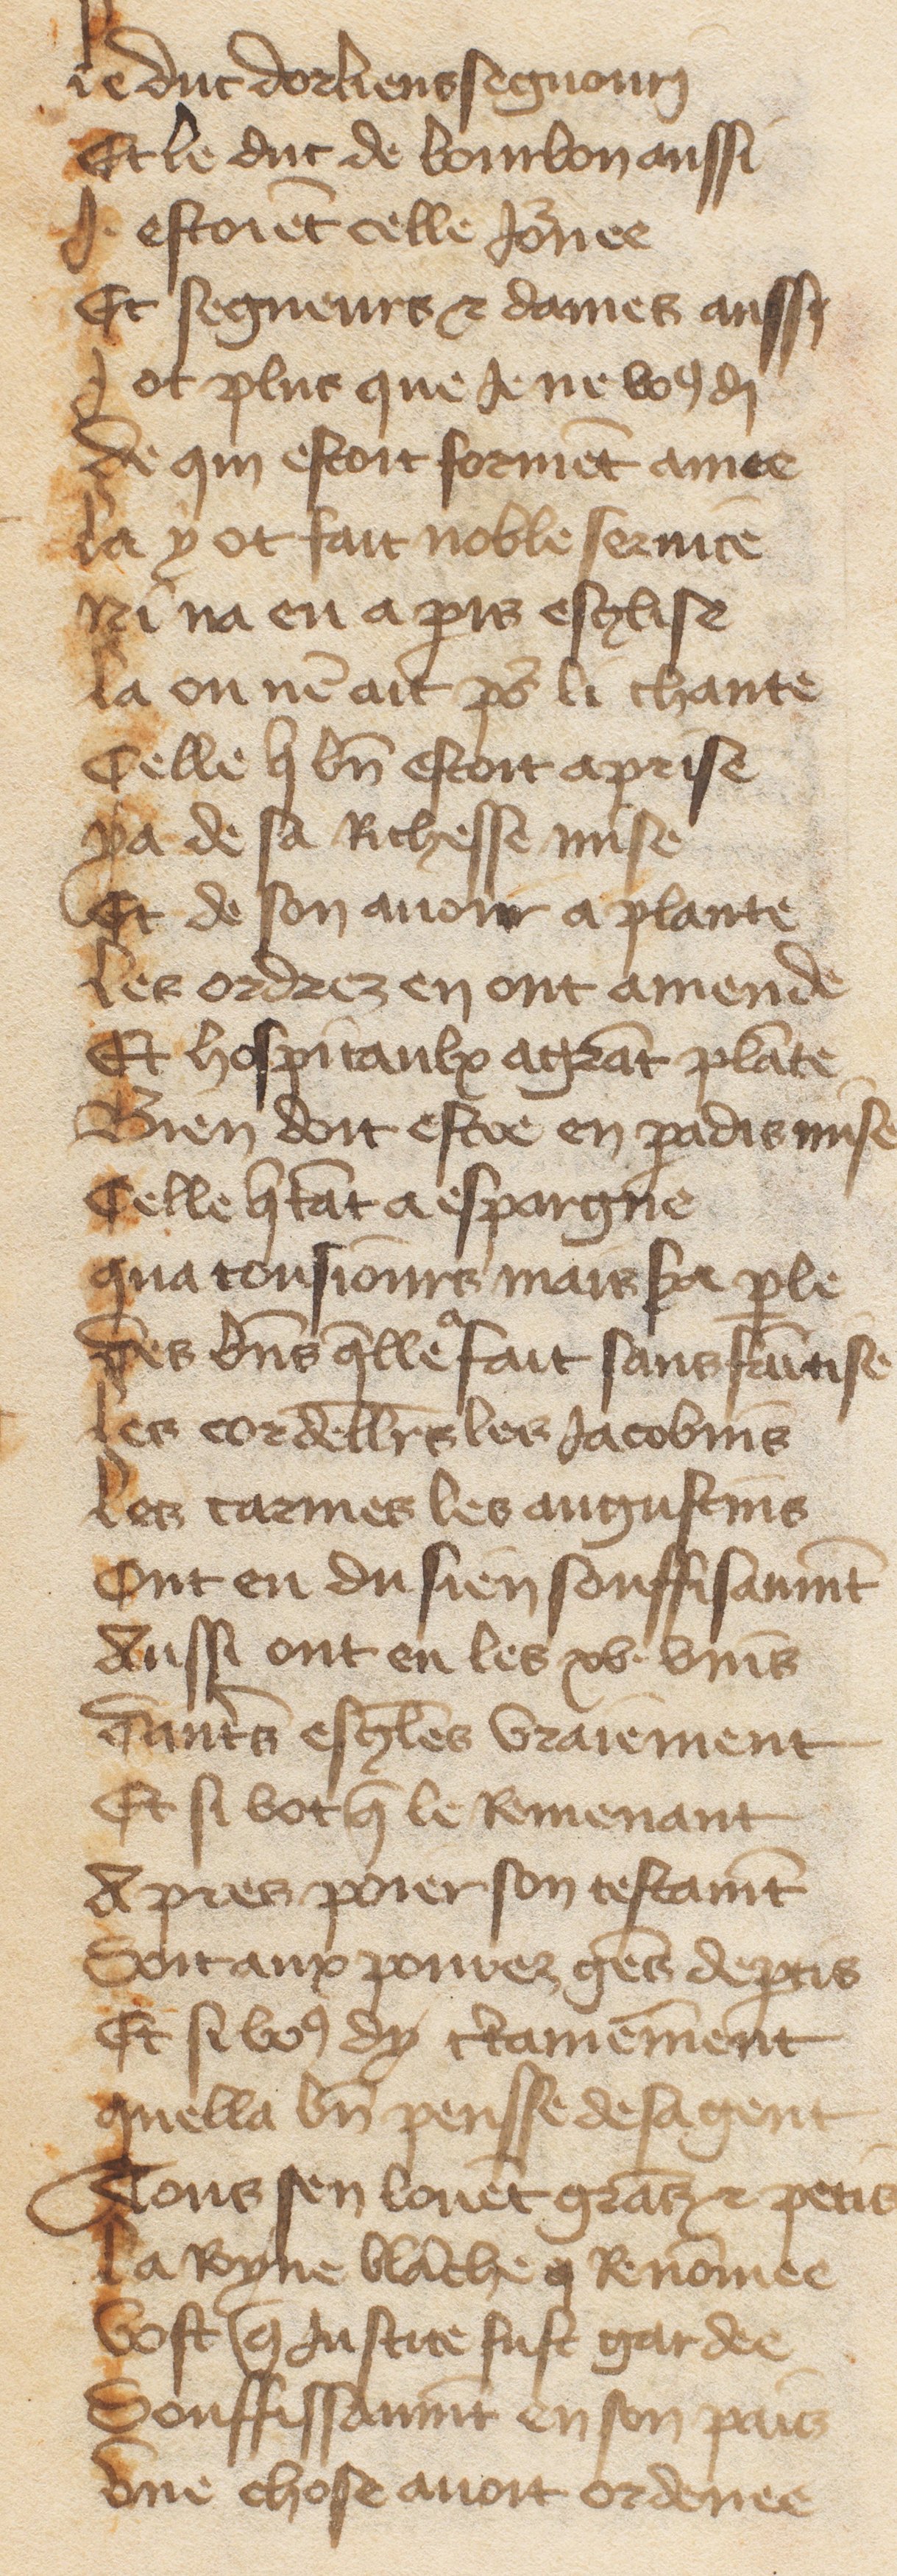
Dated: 1485–1499